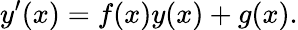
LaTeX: y^{\prime}(x)=f(x)y(x)+g(x).